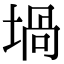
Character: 堝